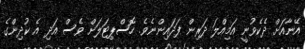
އޭނާއަށް ދެކެވުނީ އަމިއްލަ ދަރިން ފަދައިންނެވެ. ހޮސްޕިޓަލަށް ވެސް އަދި އެ ކުދިންގެ